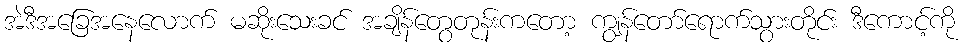
အဲဒီအခြေအနေလောက် မဆိုးသေးခင် အချိန်တွေတုန်းကတော့ ကျွန်တော်ရောက်သွားတိုင်း ဒီကောင့်ကို